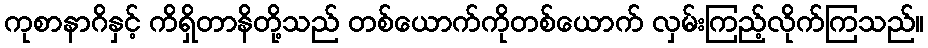
ကုစာနာဂိနှင့် ကိရှိတာနိတို့သည် တစ်ယောက်ကိုတစ်ယောက် လှမ်းကြည့်လိုက်ကြသည်။